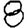
Digit: 8